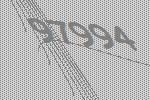
97994